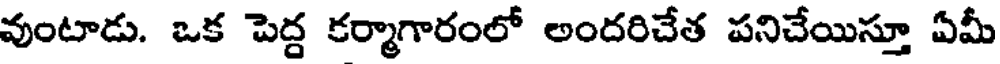
వుంటాడు. ఒక పెద్ద కర్మాగారంలో అందరిచేత పనిచేయిస్తూ ఏమీ